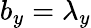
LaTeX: b_{y}=\lambda_{y}